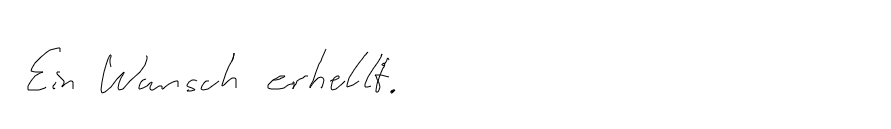
Ein Wunsch erhellt.